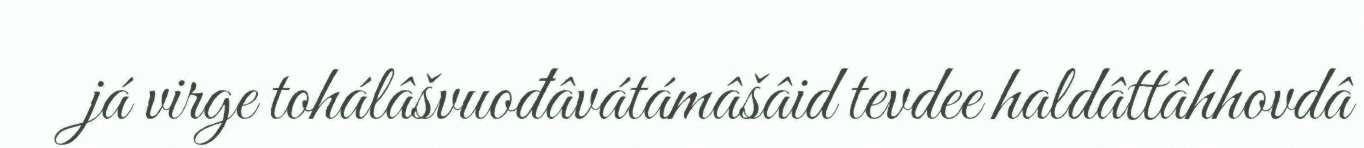
já virge tohálâšvuođâvátámâšâid tevdee haldâttâhhovdâ